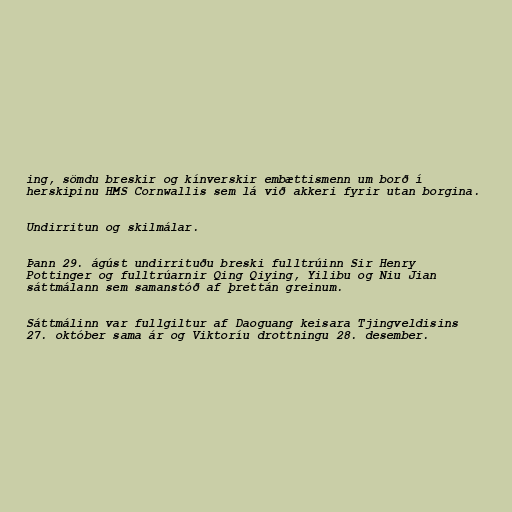
ing, sömdu breskir og kínverskir embættismenn um borð í
herskipinu HMS Cornwallis sem lá við akkeri fyrir utan borgina.

Undirritun og skilmálar.

Þann 29. ágúst undirrituðu breski fulltrúinn Sir Henry
Pottinger og fulltrúarnir Qing Qiying, Yilibu og Niu Jian
sáttmálann sem samanstóð af þrettán greinum.

Sáttmálinn var fullgiltur af Daoguang keisara Tjingveldisins
27. október sama ár og Viktoríu drottningu 28. desember.